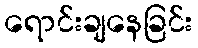
ရောင်းချနေခြင်း